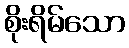
စိုးရိမ်သော